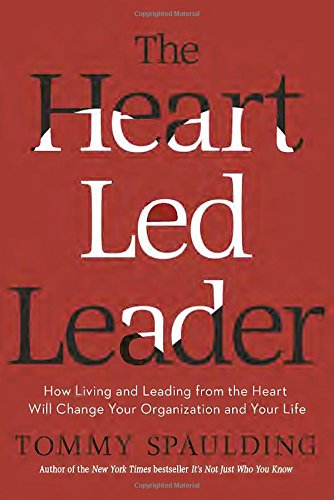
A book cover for The Heart-Led Leader: How Living and Leading from the Heart Will Change Your Organization and Your Life; Tommy Spaulding; Business & Money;